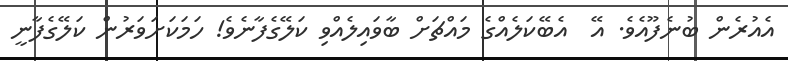
އެއުރެން ބުނެފޫއެވެ. އޭ  އެބޭކަލެއްގެ މައްޗަށް ބާވައިލެއްވި ކަލޭގެފާނެވެ! ހަމަކަށަވަރުން ކަލޭގެފާނީ